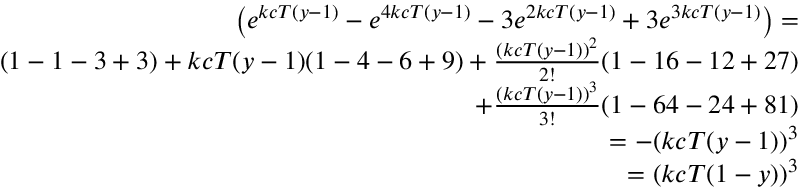
\begin{array} { r } { \left( e ^ { k c T ( y - 1 ) } - e ^ { 4 k c T ( y - 1 ) } - 3 e ^ { 2 k c T ( y - 1 ) } + 3 e ^ { 3 k c T ( y - 1 ) } \right) = } \\ { ( 1 - 1 - 3 + 3 ) + k c T ( y - 1 ) ( 1 - 4 - 6 + 9 ) + \frac { ( k c T ( y - 1 ) ) ^ { 2 } } { 2 ! } ( 1 - 1 6 - 1 2 + 2 7 ) } \\ { + \frac { ( k c T ( y - 1 ) ) ^ { 3 } } { 3 ! } ( 1 - 6 4 - 2 4 + 8 1 ) } \\ { = - ( k c T ( y - 1 ) ) ^ { 3 } } \\ { = ( k c T ( 1 - y ) ) ^ { 3 } } \end{array}